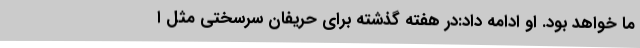
ما خواهد بود. او ادامه داد:در هفته گذشته برای حریفان سرسختی مثل ا